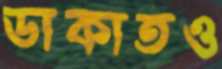
ডাকাতও